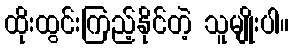
ထိုးထွင်းကြည့်နိုင်တဲ့ သူမျိုးပါ။